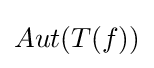
Aut(T(f))